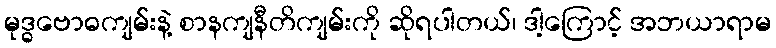
မုဒ္ဓဗောဓကျမ်းနဲ့ စာနကျနီတိကျမ်းကို ဆိုရပါတယ်၊ ဒါ့ကြောင့် အဘယာရာမ